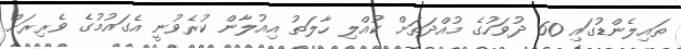
ތައިލެންޑުގައި 60 ދުވަހުގެ މުއްދަތަށް ކުއްލި ހާލަތު އިއުލާން ކުރެވުނީ އެގައުމުގެ ވެރިރަށް